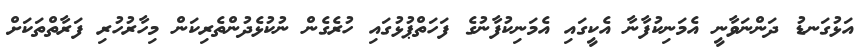
އަޅުގަނޑު ދަންނަވާނީ އެމަނިކުފާނާ އެކީގައި އެމަނިކުފާނުގެ ފަހަތްޕުޅުގައި ހުރެގެން ނުކުޅެދުންތެރިކަން މިހާރުހުރި ފަރާތްތަކަށް